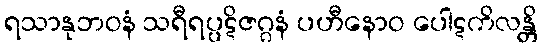
ရသာနုဘဝနံ သရီရပ္ပဋိဇဂ္ဂနံ ပဟီနောဝ ပေါဋကိလန္တိ